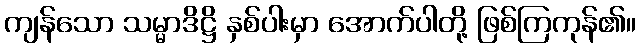
ကျန်သော သမ္မာဒိဋ္ဌိ နှစ်ပါးမှာ အောက်ပါတို့ ဖြစ်ကြကုန်၏။